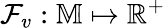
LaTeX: \mathcal{F}_{v}:\mathbb{M}\mapsto\mathbb{R}^{+}